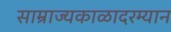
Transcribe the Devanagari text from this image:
साम्राज्यकाळादरम्यान